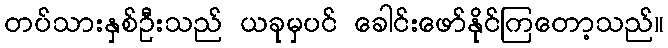
တပ်သားနှစ်ဦးသည် ယခုမှပင် ခေါင်းဖော်နိုင်ကြတော့သည်။